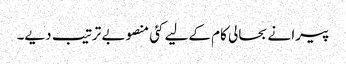
پیرا نے بحالی کام کےلیے کئی منصوبے ترتیب دیے۔